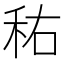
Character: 𱵿